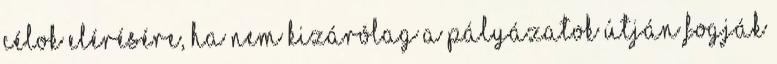
célok elérésére, ha nem kizárólag a pályázatok útján fogják